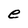
Character: e